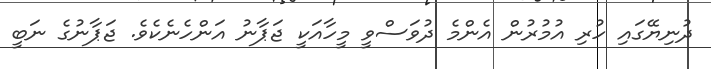
ދުނިޔޭގައި ހުރި އުމުރުން އެންމެ ދުވަސްވީ މީހާއަކީ ޖަޕާނު އަންހެނެކެވެ. ޖަޕާނުގެ ނަބީ